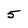
Character: 5